Report of the King Institute of Preventive Medicine, Guindy
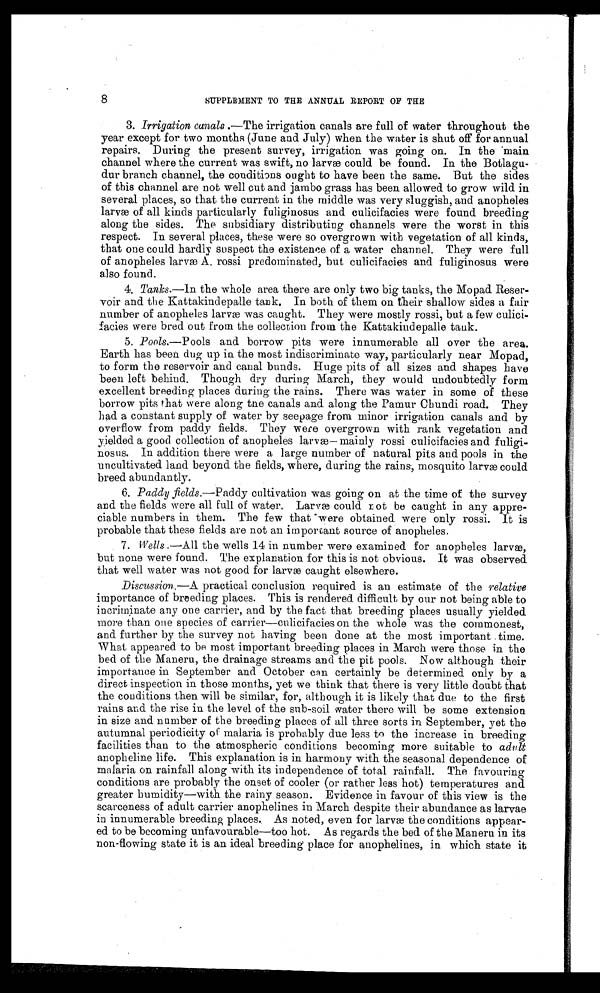
8
SUPPLEMENT TO THE ANNUAL REPORT OF THE
3. Irrigation canals .—The irrigation canals are full of water throughout the
year except for two months (June and July) when the water is shut off for annual
repairs. During the present survey, irrigation was going on. In the 'main
channel where the current was swift, no larvæ could be found. In the Botlagu-
dur branch channel, the conditions ought to have been the same. But the sides
of this channel are not well cut and jambo grass has been allowed to grow wild in
several places, so that the current in the middle was very sluggish, and anopheles
larvæ of all kinds particularly fuliginosu's and culicifacies were found breeding
along the sides. The subsidiary distributing channels were the worst in this
respect. In several places, these were so overgrown with vegetation of all kinds,
that one could hardly suspect the existence of a water channel. They were full
of anopheles larvæ A. rossi predominated, but culicifacies and fuliginosus were
also found.
4. Tanks.—In the whole area there are only two big tanks, the Mopad Reser-
voir and the Kattakindepalle tank. In both of them on their shallow sides a fair
number of anopheles larvæ was caught. They were mostly rossi, but a few culici-
facies were bred out from the collection from the Kattakindepalle tank.
5. Pools.—Pools and borrow pits were innumerable all over the area.
Earth has been dug up in the most indiscriminate way, particularly near Mopad,
to form the reservoir and canal bunds. Huge pits of all sizes and shapes have
been left behind. Though dry during March, they would undoubtedly form
excellent breeding places during the rains. There was water in some of these
borrow pits that were along the canals and along the Pamur Chundi road. They
had. a constant supply of water by seepage from minor irrigation canals and by
overflow from paddy fields. They were overgrown with rank vegetation and
yielded a good collection of anopheles larvæ— mainly rossi culicifacies and fuligi
-nosus. In addition there were a large number of natural pits and pools in the
uncultivated land beyond the fields, where, during the rains, mosquito larvæ could
breed abundantly.
6. Paddy fields.—Paddy cultivation was going on at the time of the survey
and the fields were all full of water. Larvæ could not be caught in any appre-
ciable numbers in them. The few that were obtained were only rossi. It is
probable that these fields are not an important source of anopheles.
. 7. Wells .—A.ll the wells 14 in number were examined for anopheles larvæ,
but none were found. The explanation for this is not obvious. It was observed
that well water was not good for larvæ caught elsewhere.
Discussion.—A practical conclusion required is an estimate of the relative
importance of breeding places. This is rendered difficult by our not being able to
incriminate any one carrier, and by the fact that breeding places usually yielded
more than one species of carrier—culicifacies on the whole was the commonest,
and further by the survey not having been done at the most important.time.
What appeared to be most important breeding places in March were those in the
bed of the Maneru., the drainage streams and the pit pools. Now although their
importance in September and October can certainly be determined only by a
direct inspection in those months, yet we think that there is very little doubt that
the conditions then will be similar, for, although it is likely that due to the first
rains and the rise in the level of the sub-soil water there will be some extension
in size and number of the breeding places of all three sorts in September, yet the
autumnal periodicity of malaria is probably due less to the increase in breeding
facilities than to the atmospheric conditions becoming more suitable to adult
anopheline life. This explanation is in harmony with the seasonal dependence of
malaria on rainfall along with its independence of total rainfall. The favouring
conditions are probably the onset of cooler (or rather less hot) temperatures and
greater humidity—with the rainy season. Evidence in favour of this view is the
scarceness of adult carrier anophelines in March despite their abundance as larvae
in innumerable breeding places.. As noted, even for larvæ the conditions appear-
-ed to be becoming unfavourable—too hot. As regards the bed of the Maneru in its
non-flowing state it is an ideal breeding place for anophelines, in which state it